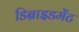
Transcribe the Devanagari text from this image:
डिब्राइडमेंट